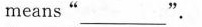
means"______".